Indian journal of veterinary science and animal husbandry - Volume 6,
Year: 1936
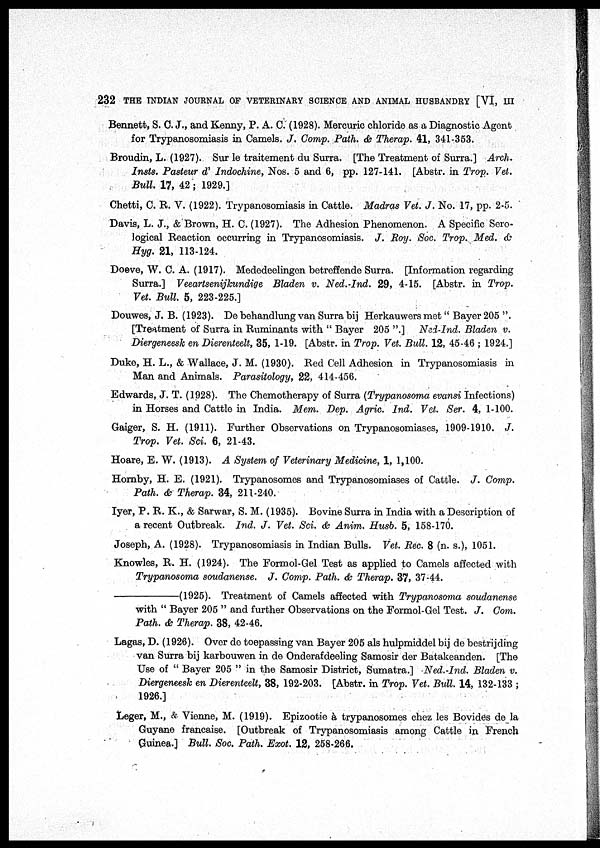
232 THE INDIAN JOURNAL OF VETERINARY SCIENCE AND ANIMAL HUSBANDRY [VI, III
Bennett, S. C. J., and Kenny, P. A. C. (1928). Mercuric chloride as a Diagnostic Agent
for Trypanosomiasis in Camels. J. Comp. Path. & Therap. 41, 341-353.
Broudin, L. (1927). Sur le traitement du Surra. [The Treatment of Surra.] Arch.
Insts. Pasteur d' Indochine, Nos. 5 and 6, pp. 127-141. [Abstr. in Trop. Vet.
Bull. 17, 42; 1929.]
Chetti, C. R. V. (1922). Trypanosomiasis in Cattle. Madras Vet. J. No. 17, pp. 2-5.
Davis, L. J., & Brown, H. C. (1927). The Adhesion Phenomenon. A Specific Sero-
logical Reaction occurring in Trypanosomiasis. J. Roy. Soc. Trop. Med. &
Hyg. 21, 113-124.
Doeve, W. C. A. (1917). Mededeelingen betreffende Surra. [Information regarding
Surra.] Veeartsenijkundige Bladen v. Ned.-Ind. 29, 4-15. [Abstr. in Trop.
Vet. Bull. 5, 223-225.]
Douwes, J. B. (1923). De behandlung van Surra bij Herkauwers met" Bayer 205 ".
[Treatment of Surra in Ruminants with " Bayer 205 ".] Ned-Ind. Bladen v.
Diergeneesk en Dierenteelt, 35, 1-19. [Abstr. in Trop. Vet. Bull. 12, 45-46 ; 1924.]
Duke, H. L., & Wallace, J. M. (1930). Red Cell Adhesion in Trypanosomiasis in
Man and Animals. Parasitology, 22, 414-456.
Edwards, J. T. (1928). The Chemotherapy of Surra (Trypanosoma evansi Infections)
in Horses and Cattle in India. Mem. Dep. Agric. Ind. Vet. Ser. 4, 1-100.
Gaiger, S. H. (1911). Further Observations on Trypanosomiases, 1909-1910. J.
Trop. Vet. Sci. 6, 21-43.
Hoare, E. W. (1913). A System of Veterinary Medicine, 1, 1,100.
Hornby, H. E. (1921). Trypanosomes and Trypanosomiases of Cattle. J. Comp.
Path. & Therap. 34, 211-240.
Iyer, P. R. K., & Sarwar, S. M. (1935). Bovine Surra in India with a Description of
a recent Outbreak. Ind. J. Vet. Sci. & Anim. Husb. 5, 158-170.
Joseph, A. (1928). Trypanosomiasis in Indian Bulls. Vet. Rec. 8 (n. s.), 1051.
Knowles, R. H. (1924). The Formol-Gel Test as applied to Camels affected with
Trypanosoma soudanense. J. Comp. Path. & Therap. 37, 37-44.
—(1925).
Treatment of Camels affected with Trypanosoma soudanense
with " Bayer 205 " and further Observations on the Formol-Gel Test. J. Com.
Path. & Therap. 38, 42-46.
Lagas, D. (1926). Over de toepassing van Bayer 205 als hulpmiddel bij de bestrijding
van Surra bij karbouwen in de Onderafdeeling Samosir der Batakeanden. [The
Use of " Bayer 205 " in the Samosir District, Sumatra.] Ned.-Ind. Bladen v.
Diergeneesk en Dierenteelt, 38, 192-203. [Abstr. in Trop. Vet. Bull. 14, 132-133 ;
1926.]
Leger, M., & Vienne, M. (1919). Epizootie à trypanosomes chez les Bovides de la
Guyane francaise. [Outbreak of Trypanosomiasis among Cattle in French
Guinea.] Bull. Soc. Path. Exot. 12, 258-266.